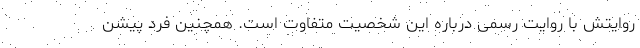
روایتش با روایت رسمی درباره این شخصیت متفاوت است. همچنین فرد پیشن